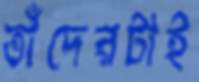
তাঁদেরটাই